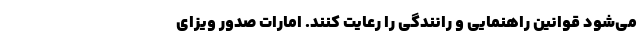
می‌شود قوانین راهنمایی و رانندگی را رعایت کنند. امارات صدور ویزای